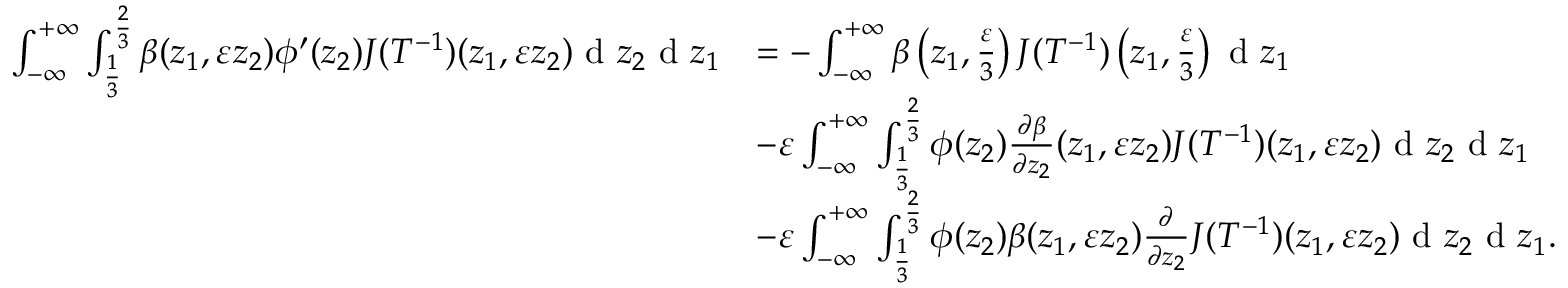
\begin{array} { r l } { \int _ { - \infty } ^ { + \infty } \int _ { \frac { 1 } { 3 } } ^ { \frac { 2 } { 3 } } \beta ( z _ { 1 } , \varepsilon z _ { 2 } ) \phi ^ { \prime } ( z _ { 2 } ) J ( T ^ { - 1 } ) ( z _ { 1 } , \varepsilon z _ { 2 } ) \textrm { d } z _ { 2 } \textrm { d } z _ { 1 } } & { = - \int _ { - \infty } ^ { + \infty } \beta \left( z _ { 1 } , \frac { \varepsilon } { 3 } \right) J ( T ^ { - 1 } ) \left( z _ { 1 } , \frac { \varepsilon } { 3 } \right) \textrm { d } z _ { 1 } } \\ & { - \varepsilon \int _ { - \infty } ^ { + \infty } \int _ { \frac { 1 } { 3 } } ^ { \frac { 2 } { 3 } } \phi ( z _ { 2 } ) \frac { \partial \beta } { \partial z _ { 2 } } ( z _ { 1 } , \varepsilon z _ { 2 } ) J ( T ^ { - 1 } ) ( z _ { 1 } , \varepsilon z _ { 2 } ) \textrm { d } z _ { 2 } \textrm { d } z _ { 1 } } \\ & { - \varepsilon \int _ { - \infty } ^ { + \infty } \int _ { \frac { 1 } { 3 } } ^ { \frac { 2 } { 3 } } \phi ( z _ { 2 } ) \beta ( z _ { 1 } , \varepsilon z _ { 2 } ) \frac { \partial } { \partial z _ { 2 } } J ( T ^ { - 1 } ) ( z _ { 1 } , \varepsilon z _ { 2 } ) \textrm { d } z _ { 2 } \textrm { d } z _ { 1 } . } \end{array}